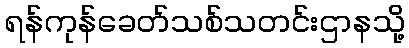
ရန်ကုန်ခေတ်သစ်သတင်းဌာနသို့